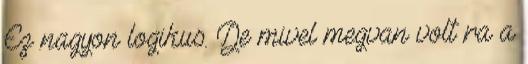
Ez nagyon logikus. De mivel megvan volt ra a